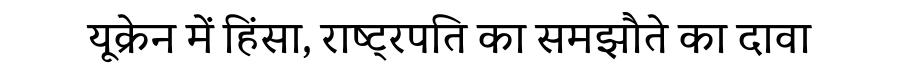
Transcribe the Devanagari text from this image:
यूक्रेन में हिंसा, राष्ट्रपति का समझौते का दावा